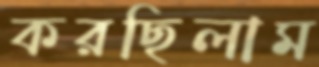
করছিলাম